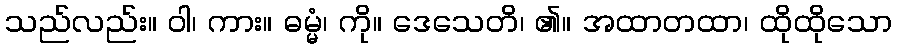
သည်လည်း။ ဝါ၊ ကား။ ဓမ္မံ၊ ကို။ ဒေသေတိ၊ ၏။ အထာတထာ၊ ထိုထိုသော